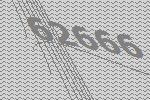
62666